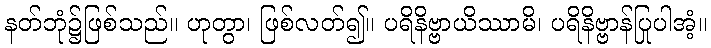
နတ်ဘုံ၌ဖြစ်သည်။ ဟုတွာ၊ ဖြစ်လတ်၍။ ပရိနိဗ္ဗာယိဿာမိ၊ ပရိနိဗ္ဗာန်ပြုပါအံ့။